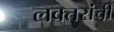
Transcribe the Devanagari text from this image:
लक्‍तरांची